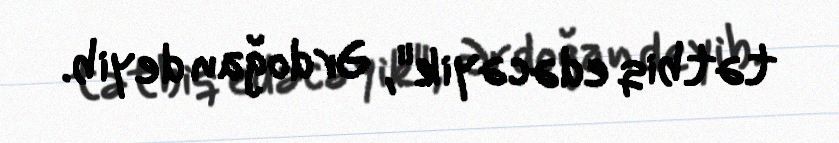
tətbiq edəcəyik", Ərdoğan deyib.